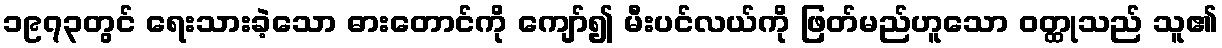
၁၉၇၃တွင် ရေးသားခဲ့သော ဓားတောင်ကို ကျော်၍ မီးပင်လယ်ကို ဖြတ်မည်ဟူသော ဝတ္ထုသည် သူ၏